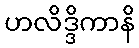
ဟလိဒ္ဒိကာနိ